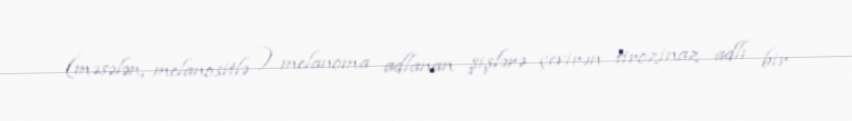
(məsələn, melanositlə ) melanoma adlanan şişlərə çevirən tirozinaz adlı bir